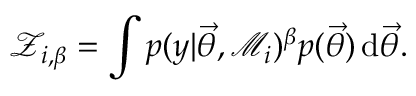
\mathcal { Z } _ { i , \beta } = \int p ( y | \ensuremath { \vec { \theta } } , \mathcal { M } _ { i } ) ^ { \beta } p ( \ensuremath { \vec { \theta } } ) \, \mathrm { d } \ensuremath { \vec { \theta } } .